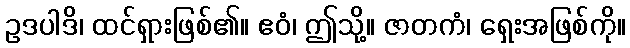
ဥဒပါဒိ၊ ထင်ရှားဖြစ်၏။ ဧဝံ၊ ဤသို့။ ဇာတကံ၊ ရှေးအဖြစ်ကို။